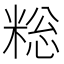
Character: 𫃄